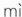
mì